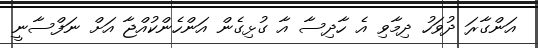
އަންގާރަ ދުވަހު ދިމާވި އެ ހާދިސާ އާ ގުޅިގެން އަންހެންކުއްޖާ އަށް ނަފްސާނީ